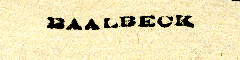
BAALBECK